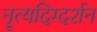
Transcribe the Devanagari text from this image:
नॄत्यदिग्दर्शन